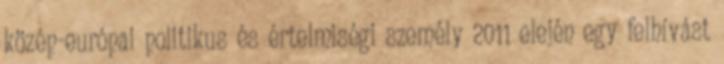
közép-európai politikus és értelmiségi személy 2011 elején egy felhívást